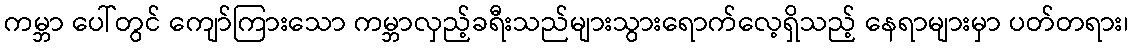
ကမ္ဘာ ပေါ်တွင် ကျော်ကြားသော ကမ္ဘာလှည့်ခရီးသည်များသွားရောက်လေ့ရှိသည့် နေရာများမှာ ပတ်တရား၊